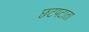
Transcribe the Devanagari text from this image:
छटपटाता